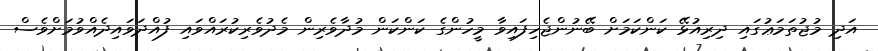
އަދި މުޖުތަމަޢުގައި ދިރިއުޅޭ ކަންކަމަށް ބޭނުންޖެހިފައިވާ މީހުންގެ ކަންކަން މުދާވެރިން މެދުވެރިކުރައްވައި ފުއްދަވައިދެއްވުމަށްވެސް